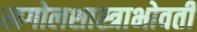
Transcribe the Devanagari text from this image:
खगोलशास्त्राभोवती